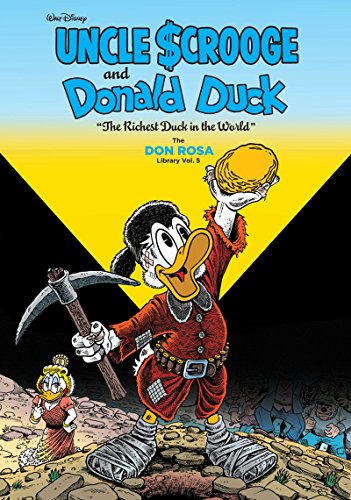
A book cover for Walt Disney Uncle Scrooge And Donald Duck The Don Rosa Library Vol. 5: The Richest Duck In The World (The Don Rosa Library); Don Rosa; Comics & Graphic Novels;